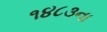
૧૪૮૩ના